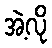
အဲ့လို